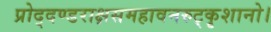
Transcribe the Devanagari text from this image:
प्रोद्दण्डराक्षसमहावनरुट्कृशानो।